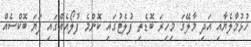
ހުޅުމާލެޔާއި އަދި މާލޭގަ މިހިރަ ބޮޑެތި ފުލެޓުގައި ކޮންމެ ފުލޯއެއްގައި ފަޔަ ބޮކްސެއް